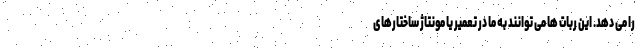
را می دهد. این ربات ها می توانند به ما در تعمیر یا مونتاژ ساختارهای